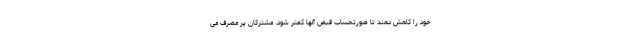
خود را کاهش دهند تا صورتحساب قبض آنها کمتر شود. مشترکان پر مصرف می